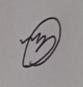
Signature authenticity: genuine